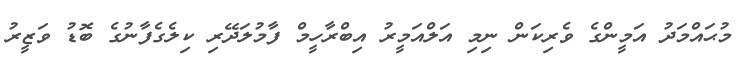
މުޙައްމަދު އަމީންގެ ވެރިކަން ނިމި އަލްއަމީރު އިބްރާހީމް ފާމުލަދޭރި ކިލެގެފާނުގެ ބޮޑު ވަޒީރު